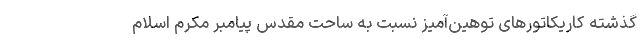
گذشته کاریکاتورهای توهین‌آمیز نسبت به ساحت مقدس پیامبر مکرم اسلام